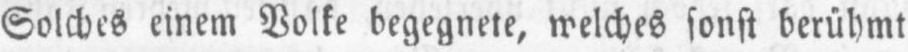
Solches einem Volke begegnete, welches sonst berühmt